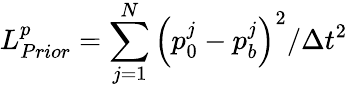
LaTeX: L_{Prior}^{p}=\sum_{j=1}^{N}{{{\left({{p}_{0}^{j}}-{{p}_{b}^{j}}\right)}^{2}}/\Delta{{t}^{2}}}